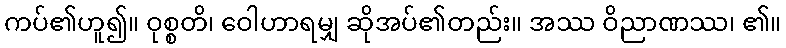
ကပ်၏ဟူ၍။ ဝုစ္စတိ၊ ဝေါဟာရမျှ ဆိုအပ်၏တည်း။ အဿ ဝိညာဏဿ၊ ၏။